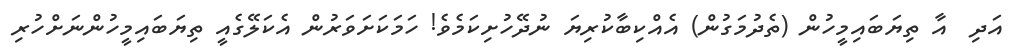
އަދި  އާ ތިޔަބައިމީހުން (ތެދުމަގުން) އެއްކިބާކުރިޔަ ނުދޭހުށިކަމެވެ! ހަމަކަށަވަރުން އެކަލޭގެއީ ތިޔަބައިމީހުންނަށްހުރި